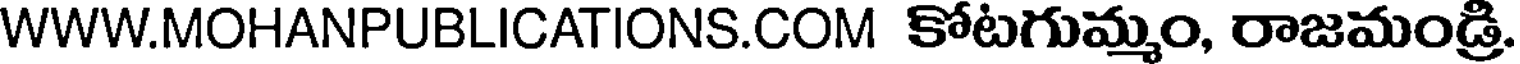
WWW.MOHANPUBLICATIONS.COM కోటగుమ్మం, రాజమండ్రి